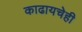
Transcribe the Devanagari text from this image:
काढायचेही